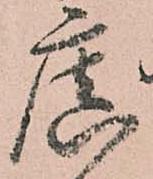
廣